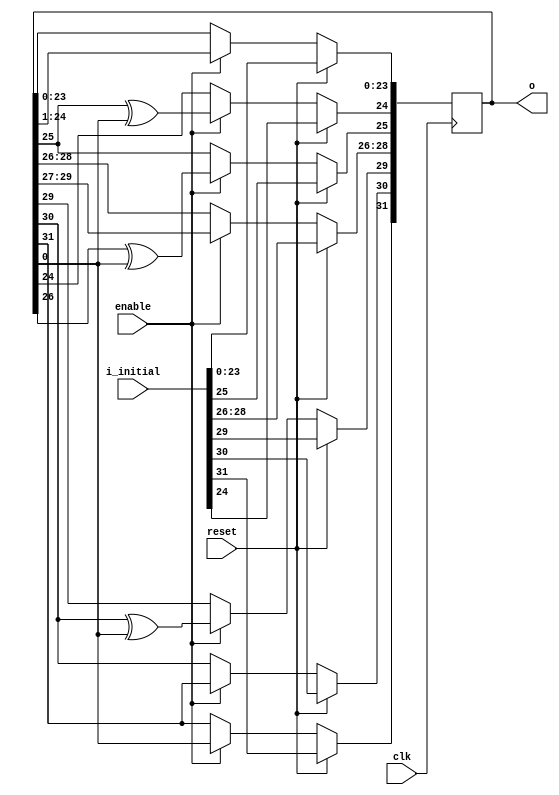
module randomiser #(
	// placeholder. doesn't support other widths.
	parameter WIDTH = 32
)(
	input clk,
	input reset,
	input enable,
	
	input  [31:0] i_initial,
	output [31:0] o
);

	reg [31:0] r;
	always @(posedge clk) begin
		if (reset)
			r <= i_initial;
		else if (enable) begin
				// 32 bit Galois LFSR has taps at 32, 30, 26, 25.
				r[31] <= r[0];
				r[29] <= r[30] ^ r[0];
				r[25] <= r[26] ^ r[0];
				r[24] <= r[25] ^ r[0];
				// the rest are simply shifts
				r[   30] <= r[   31];
				r[28:26] <= r[29:27];
				r[23: 0] <= r[24: 1];
			end
	end
	assign o = r;

endmodule